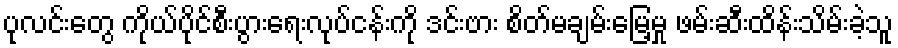
ပုလင်းတွေ ကိုယ်ပိုင်စီးပွားရေးလုပ်ငန်းကို ဒင်းဗား စိတ်မချမ်းမြေ့မှု ဖမ်းဆီးထိန်းသိမ်းခဲ့သူ